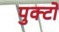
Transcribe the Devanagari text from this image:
पुक्टो